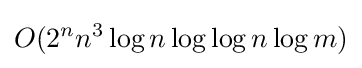
O(2^{n}n^{3}\log n\log \log n\log m)